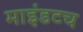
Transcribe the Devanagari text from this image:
माइंडटच